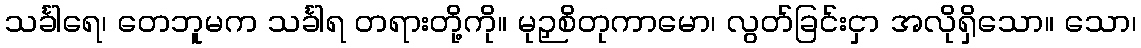
သင်္ခါရေ၊ တေဘူမက သင်္ခါရ တရားတို့ကို။ မုဉှစိတုကာမော၊ လွတ်ခြင်းငှာ အလိုရှိသော။ သော၊